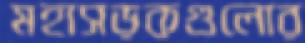
মহাসড়কগুলোর